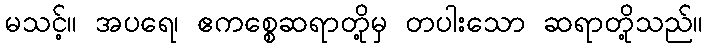
မသင့်။ အပရေ၊ ဧကစ္စေဆရာတို့မှ တပါးသော ဆရာတို့သည်။